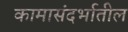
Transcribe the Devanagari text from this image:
कामासंदर्भातील